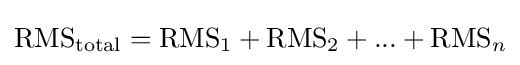
\mathrm {RMS} _{\mathrm {total} }=\mathrm {RMS} _{1}+\mathrm {RMS} _{2}+...+\mathrm {RMS} _{n}